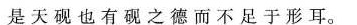
是天砚也有砚之德而不足于形耳。